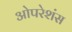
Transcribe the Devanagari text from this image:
ओपरेशंस